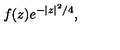
f ( z ) e ^ { - \vert z \vert ^ { 2 } / 4 } ,